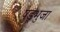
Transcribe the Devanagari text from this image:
षड्भुजा